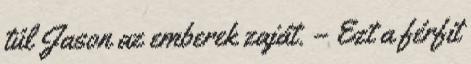
túl Jason az emberek zaját. – Ezt a férfit